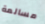
مسالمة